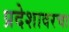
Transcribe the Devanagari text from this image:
प्रदेशावरचा